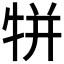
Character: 𤙾